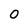
Character: O